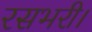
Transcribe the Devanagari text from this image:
रसभरी।